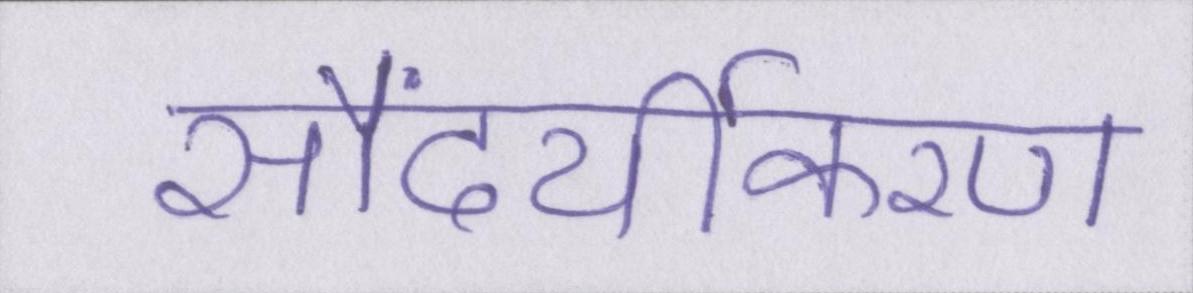
सौंदर्यीकरण